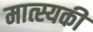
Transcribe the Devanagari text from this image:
मात्स्यकी